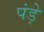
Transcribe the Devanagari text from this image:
पंड़े